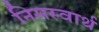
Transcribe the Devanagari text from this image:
निसस्वार्थ